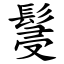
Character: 䯹